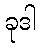
ခုဒါ